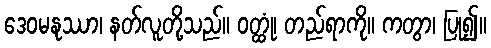
ဒေဝမနုဿာ၊ နတ်လူတို့သည်။ ဝတ္ထုံ၊ တည်ရာကို။ ကတွာ၊ ပြု၍။